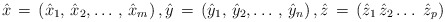
\begin{align*}\hat{x}\thinspace =\thinspace \left( \hat{x}_{1},\thinspace \hat{x}_{2},\mathellipsis \thinspace ,\thinspace \hat{x}_{m} \right),\hat{y}\thinspace =\thinspace \left( \hat{y}_{1},\thinspace \hat{y}_{2},\mathellipsis \thinspace ,\thinspace \hat{y}_{n} \right),\hat{z}\thinspace =\thinspace (\hat{z}_{1}\thinspace \hat{z}_{2}\mathellipsis \thinspace \thinspace \hat{z}_{p})\end{align*}